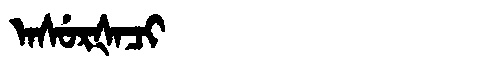
Manchu: ᠠᠰᡠᡵᡧᠠᠴᡳ
Romanization: ASURŠACI